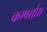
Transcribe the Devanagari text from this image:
कम्पर्सास